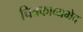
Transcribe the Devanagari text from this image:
चित्रकाव्यभेद